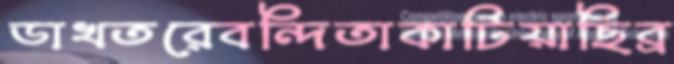
ডাখতরেবন্দিতাকাটিয়াছিব্র